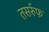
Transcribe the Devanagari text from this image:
तसर्रुफ़